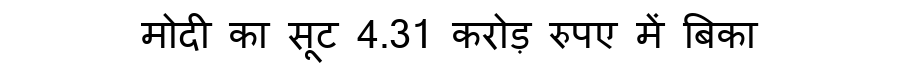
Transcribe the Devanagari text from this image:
मोदी का सूट 4.31 करोड़ रुपए में बिका